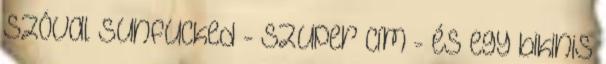
Szóval Sunfucked - szuper cím - és egy bikinis